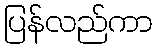
ပြန်လည်ကာ